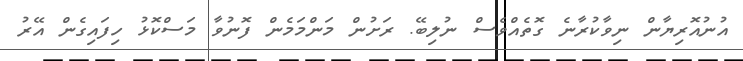
އުނުއޮރިޔާން ނިވާކުރާނެ ގޮތެއްވެސް ނުލިބޭ. ރަށުން މަންމަމެން ފޮނުވާ މަސްކޮޅު ހިފައިގެން އޭރު